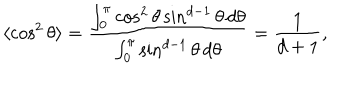
\langle \cos ^ { 2 } \theta \rangle = { \frac { \int _ { 0 } ^ { \pi } \cos ^ { 2 } \theta \sin ^ { d - 1 } \theta \, d \theta } { \int _ { 0 } ^ { \pi } \sin ^ { d - 1 } \theta \, d \theta } } = { \frac { 1 } { d + 1 } } ,